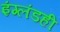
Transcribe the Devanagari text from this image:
इंग्लंडही